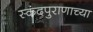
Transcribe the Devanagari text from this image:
स्कंदपुराणाच्या